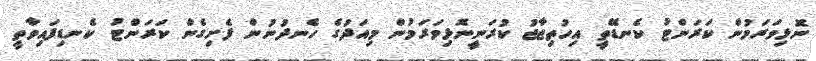
ނޮޅިވަރަމުން ކަރަންޓު ކެނޑޭތީ އިހުތިޖާޖު ކުރަނީނޮޅިވަރަމުން މިއަދުގެ ހެނދުނުން ފެށިގެން ކަރަންޓު ކެނޑިފައިވާތީ